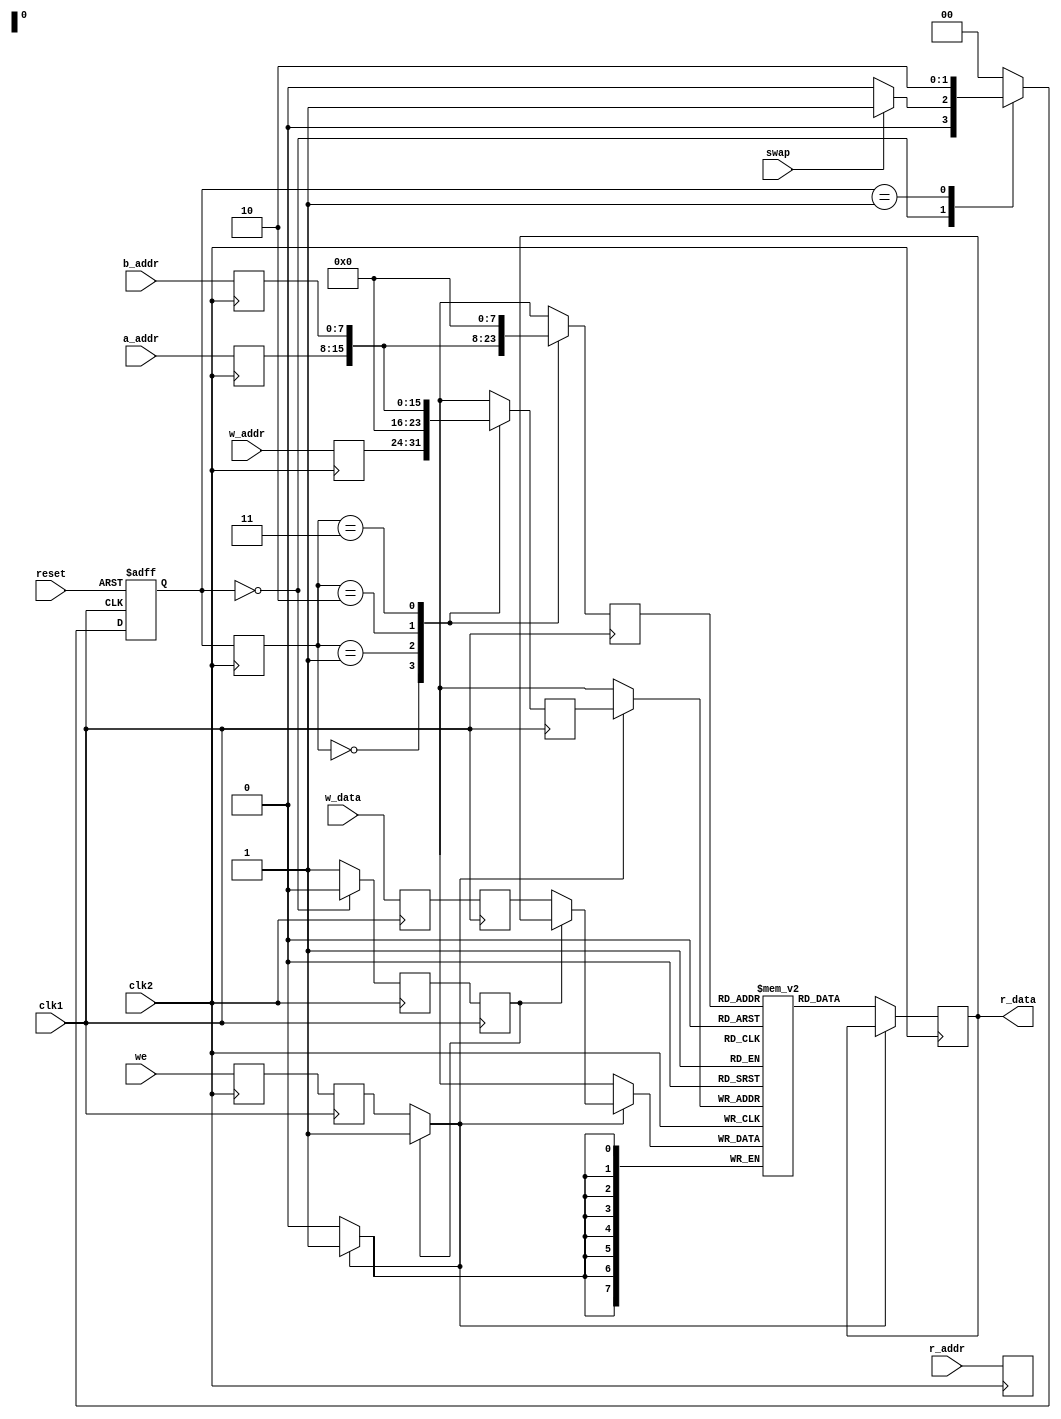
`timescale 1ns / 1ps 
//////////////////////////////////////////////////////////////////////////////////
// Company: 
// Engineer: 
// 
// Design Name: 
// Module Name:    swap 
// Project Name: 
// Target Devices: 
// Tool versions: 
// Description: 
//
// Dependencies: 
//
// Revision: 
// Revision 0.01 - File Created
// Additional Comments: 
//
//////////////////////////////////////////////////////////////////////////////////
//implementation of swaping two registers using 4-stage pipeline
module swap(
     input   we,
     input [7:0]w_data,
    input [7:0]b_addr,
    input [7:0]a_addr,
    input [7:0]r_addr,
    input [7:0]w_addr,
    input clk1,
    input clk2,
	 input swap,
	 input reset,
    output [7:0]r_data
    );
	 
	 
	 reg [1:0]cur_state,next_state;
	 parameter so = 0,s1 = 1, s2 = 2, s3  = 4;
	 reg w;
	 reg [1:0]sel;
	 
	 reg [7:0]Reg[0:255];
	 
	  
	  wire we1;
	  wire [7:0]w_data1;
	  
	  
	  reg l12_we,l23_we,l12_w,l23_w;
	  reg [1:0]l12_sel;
	  reg [7:0]l12_w_addr,l12_w_data,l12_a_addr,l12_b_addr,l12_r_addr;
     reg [7:0]l23_w_data,l23_w_addr,l23_r_addr;
	  reg [7:0]l34_r_data;
	  
	  
	  always @(posedge clk1 or negedge reset) //fsm reset
	  begin
	  if(~reset)
	  cur_state <= so;
	  else
	  cur_state <= next_state;
	  end
	 
	 always @(swap) //fsm next state logic
	  begin
	  next_state = cur_state;
	  case(cur_state)
	  so : if(~swap)
	       next_state = so;
			 else
			 next_state = s1;
	  s1: next_state = s2;
	  s2: next_state = s3;
	  s3: next_state = so;
 	  default : next_state = so;
	  endcase
	   w = (cur_state == so)?1'b0:1'b1; //moore o/p
	   sel = cur_state;
	  end

			 always @(posedge clk2) //stage1
			 begin
			 l12_we <= we;
			 l12_w_data <= w_data;
			 l12_w <= w;
			 l12_sel <= sel;
			 l12_b_addr <= b_addr;
			 l12_a_addr <= a_addr;
			 l12_r_addr <= r_addr;
			 l12_w_addr <= w_addr;
			 end
			 
			 always @(posedge clk1) //stage2
			 begin
			 case(l12_sel)
			 2'b00 :begin l23_w_addr <= l12_w_addr;
			         l23_r_addr <= l12_r_addr;
			         end
			 2'b01 : begin l23_w_addr <= 8'b0;
			         l23_r_addr <= l12_a_addr;
						end
			 2'b10 : begin l23_w_addr <= l12_a_addr;
                  l23_r_addr <= l12_b_addr;
						end
          2'b11 : begin l23_w_addr <= l12_b_addr; 
                  l23_r_addr <= 8'b0;   
						end
			default : begin end
       endcase
		  l23_w <= l12_w;
		  l23_w_data <= l12_w_data;
		  l23_we <= l12_we;
		  end
		 
      assign we1 = (l23_w==0)?l23_we:1'b1;
		assign w_data1 = (l23_w==0)?l23_w_data:l34_r_data;
		  
		
		  always @(posedge clk2)//stage 3
		  begin
		  
		if(we1)
		Reg[l23_w_addr] <= w_data1;
		else
		l34_r_data <= Reg[l23_r_addr];
			end
			
			assign r_data = l34_r_data; //output
endmodule